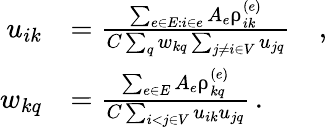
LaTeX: \begin{array}{rl}{u_{ik}}&{=\frac{\sum_{e\in E:i\in e}A_{e}\uprho_{ik}^{(e)}}{C\sum_{q}w_{kq}\sum_{j\neq i\in V}u_{jq}}\quad,}\\ {w_{kq}}&{=\frac{\sum_{e\in E}A_{e}\uprho_{kq}^{(e)}}{C\sum_{i<j\in V}u_{ik}u_{jq}}\, .}\end{array}